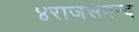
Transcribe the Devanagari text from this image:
४राजसमन्द